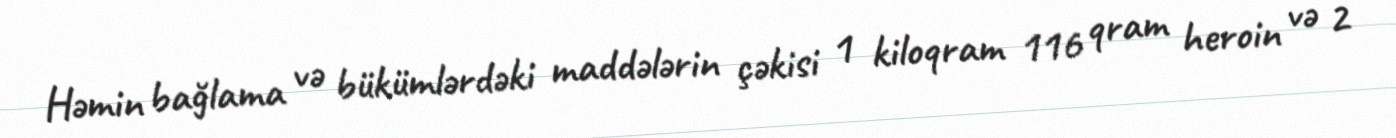
Həmin bağlama və bükümlərdəki maddələrin çəkisi 1 kiloqram 116 qram heroin və 2